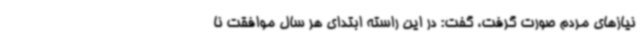
نیازهای مردم صورت گرفت، گفت: در این راسته ابتدای هر سال موافقت نا